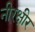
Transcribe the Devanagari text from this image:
नीरक्षीर